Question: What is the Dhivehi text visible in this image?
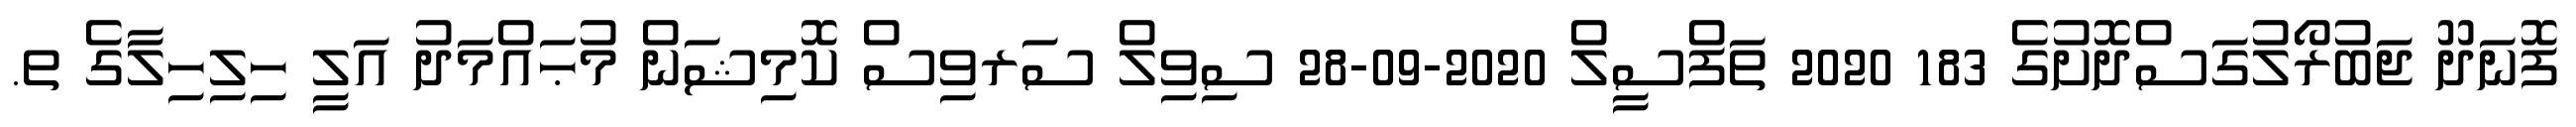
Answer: ފޮނަދޫ ޖަބުރޯލުގަސްދޮށުގެ 183 2020 ތަފްސީލް 2020-09-28 ސިވިލް ސަރވިސް ކޮމިޝަން މުޙައްމަދު އަލީ ހިލިހިލާގެ ތ.